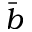
\bar { b }